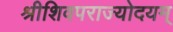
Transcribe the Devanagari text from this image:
श्रीशिवपराज्योदयम्